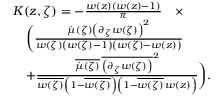
\begin{array} { r l } & { K ( z , \zeta ) = - \frac { w ( z ) \left( w ( z ) - 1 \right) } { \pi } \quad \times } \\ & { \quad \bigg ( \frac { \dot { \mu } ( \zeta ) \left( \partial _ { \zeta } w ( \zeta ) \right) ^ { 2 } } { w ( \zeta ) \left( w ( \zeta ) - 1 \right) \left( w ( \zeta ) - w ( z ) \right) } } \\ & { \quad + \frac { \overline { { \dot { \mu } ( \zeta ) } } \, \overline { { \left( \partial _ { \zeta } w ( \zeta ) \right) } } ^ { 2 } } { \overline { { w ( \zeta ) } } \left( 1 - \overline { { w ( \zeta ) } } \right) \left( 1 - \overline { { w ( \zeta ) } } \, w ( z ) \right) } \bigg ) . } \end{array}